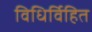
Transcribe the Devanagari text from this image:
विधिर्विहित